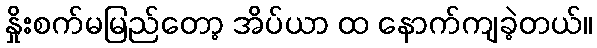
နှိုးစက်မမြည်တော့ အိပ်ယာ ထ နောက်ကျခဲ့တယ်။